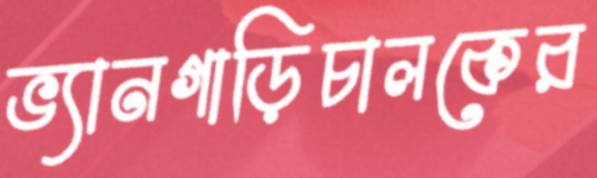
ভ্যানগাড়িচালকের